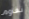
نقاوم